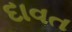
દાવત